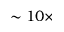
\sim 1 0 \times